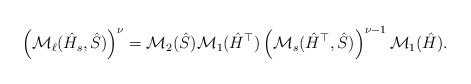
LaTeX: \begin{align*} \left(\mathcal{M}_\ell(\hat{H}_s,\hat{S})\right)^\nu = \mathcal{M}_2(\hat{S}) \mathcal{M}_1(\hat{H}^\top) \left(\mathcal{M}_s(\hat{H}^\top,\hat{S})\right)^{\nu-1} \mathcal{M}_1(\hat{H}).\end{align*}